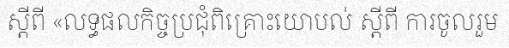
ស្តីពី «លទ្ធផលកិច្ចប្រជុំពិគ្រោះយោបល់ ស្តីពី ការចូលរួម